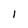
Character: 1